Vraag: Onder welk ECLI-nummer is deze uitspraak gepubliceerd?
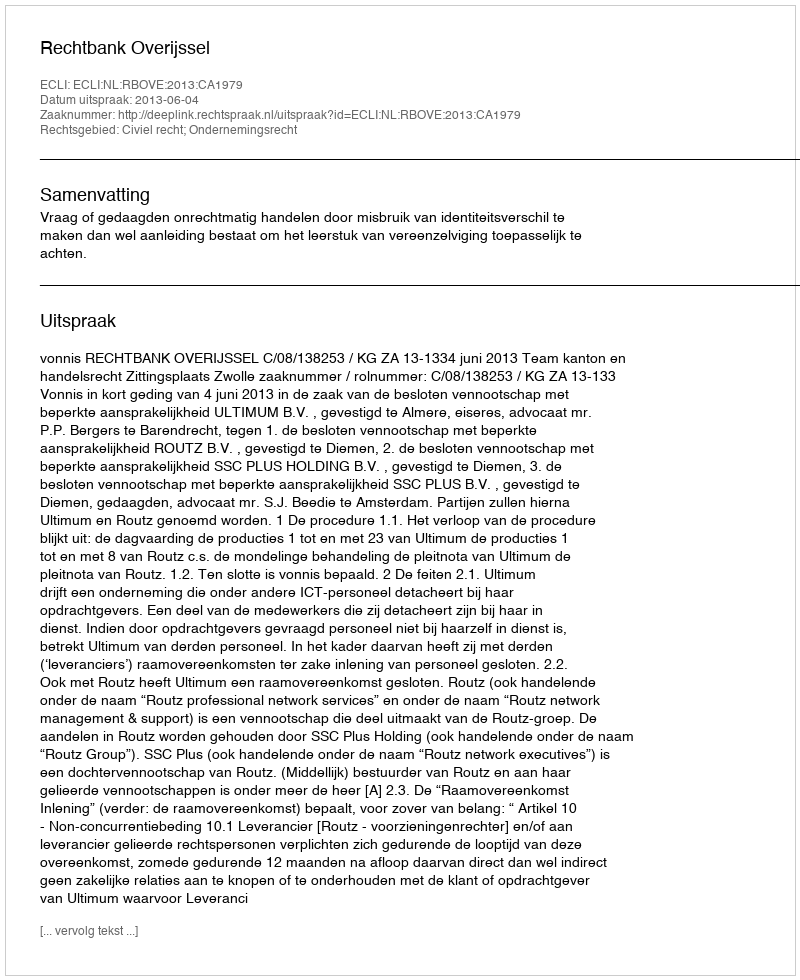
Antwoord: ECLI:NL:RBOVE:2013:CA1979